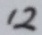
1 2